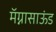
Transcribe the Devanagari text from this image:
मॅग्नासाऊंड